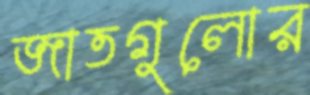
জাতগুলোর